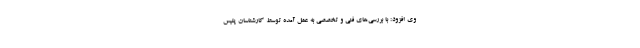
وی افزود: با بررسی‌های فنی و تخصصی به عمل آمده توسط کارشناسان پلیس